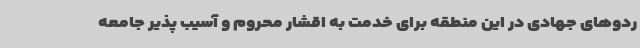
ردوهای جهادی در این منطقه برای خدمت به اقشار محروم و آسیب پذیر جامعه